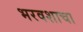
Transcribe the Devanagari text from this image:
भरवशाचा